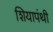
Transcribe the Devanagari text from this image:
शियापंथी